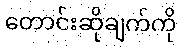
တောင်းဆိုချက်ကို